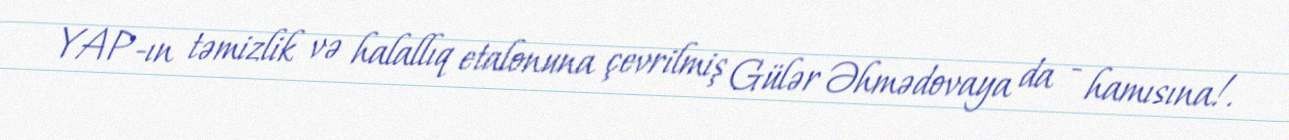
YAP-ın təmizlik və halallıq etalonuna çevrilmiş Gülər Əhmədovaya da - hamısına!.